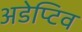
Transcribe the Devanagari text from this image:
अडेप्टिव